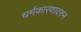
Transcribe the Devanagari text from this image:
धर्मकारणावरुन